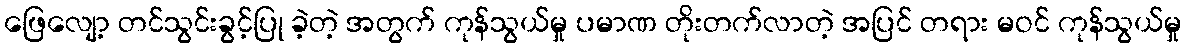
ဖြေလျော့ တင်သွင်းခွင့်ပြု ခဲ့တဲ့ အတွက် ကုန်သွယ်မှု ပမာဏ တိုးတက်လာတဲ့ အပြင် တရား မဝင် ကုန်သွယ်မှု